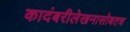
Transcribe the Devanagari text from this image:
कादंबरीलेखनासोबतच